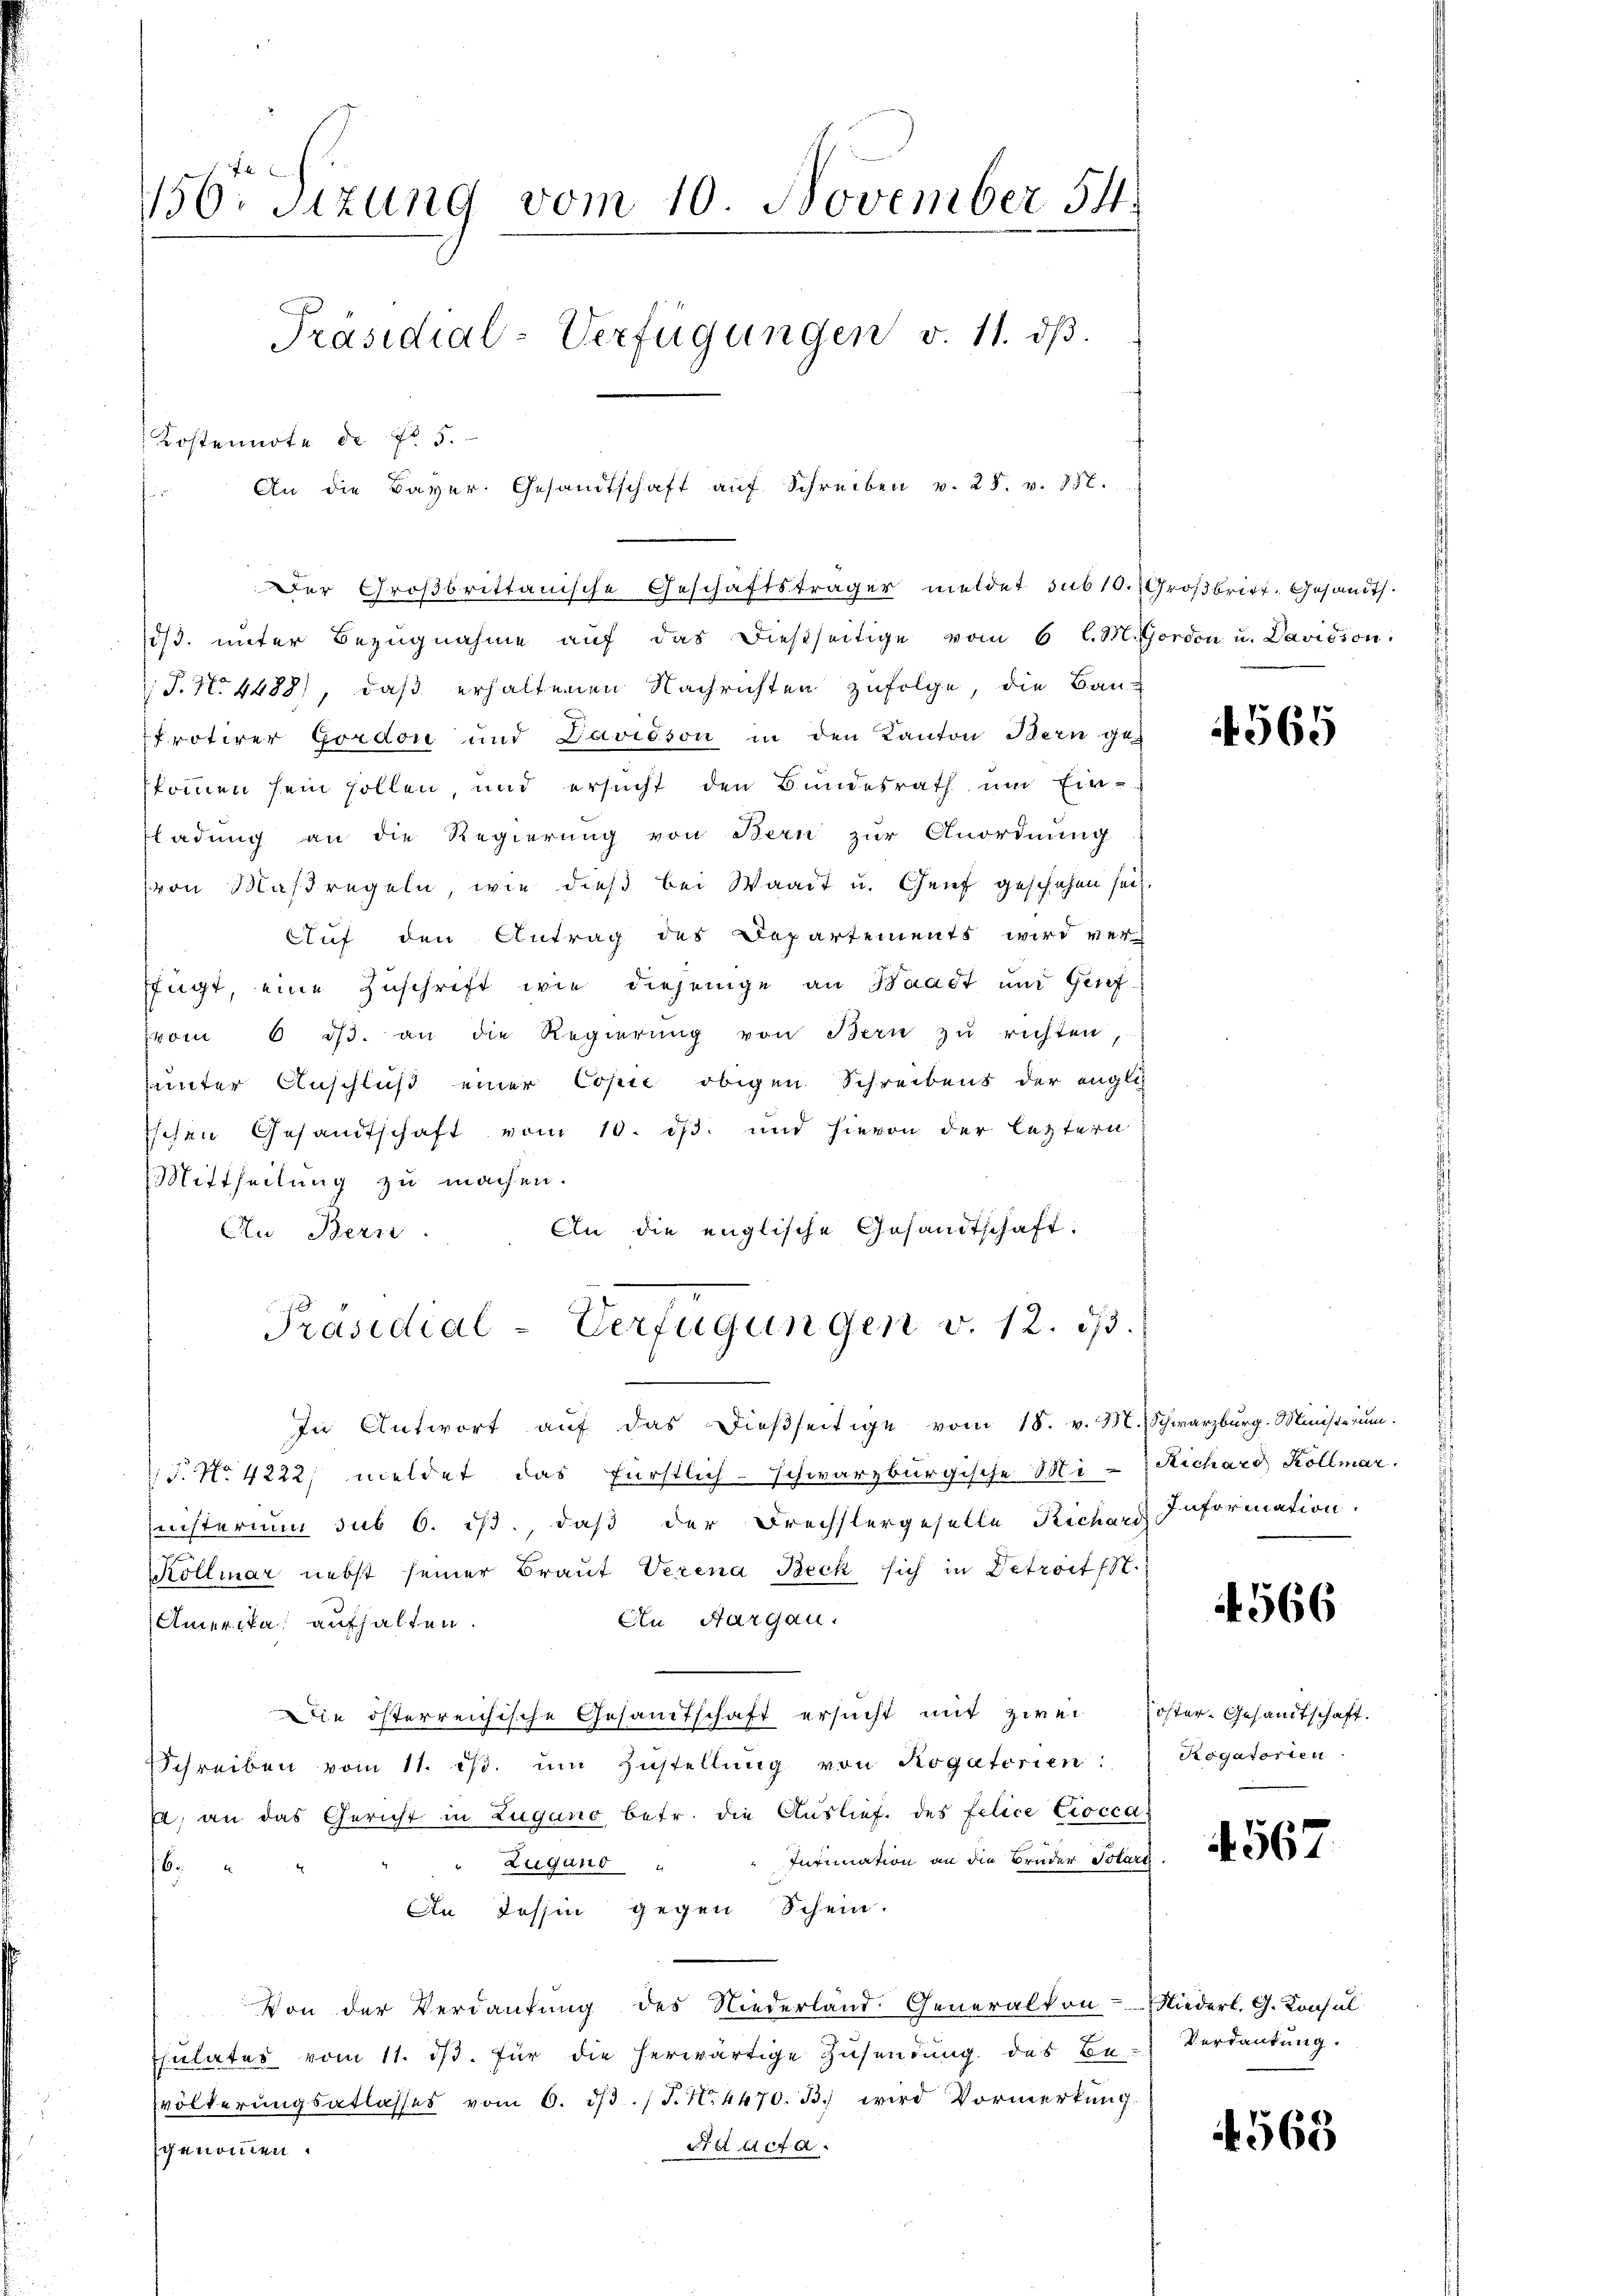
1156. Sizung vom 10. November 54.
Präsidial-Verfügungen v. 11. dβ.
Kostennote de fl. 5.
An die Bayer. Gesandtschaft aŭf Schreiben v. 25. v. 857.

1/3. unter Bezŭgnahme aŭf das dießseitige vom 6 l. M. ordon u. Davision
T. No 1488), daß erhaltenen Nachrichten zufolge, die Bau-
frotirer Gordon und Davidson in den Kanton Bern gekommen sein sollen, und ersucht den Bundesrath um Ein-
ladung an die Regierung von Bern zur Anordnung
von Maßregeln, wie dieß bei Waadt u. Genf geschehen sei.
Auf den Antrag des Departements wird verfügt, eine Zuschrift wie diejenige an Waadt und Grifvom 6. dβ. an die Regierŭng von Bern zu richten
unter Anschluß einer Copie obigen Schreibens der englich
Eschen Gesandtschaft vom 10. ds. und hievon der letztern
Mittheilung zu machen.
An die englische Gesandtschaft.
An Bern.
In Antwort aŭf das dieβseitige vom 18. v. M. Schwarzburg. Ministerŭm
F. No 4222, meldet das fürstlich-schwarzburgische Mi-Richard Kollmar.
nisterium sub 6. ist, daß der Brechstergeselle Richard
Kölliar nebst seiner Braut Verena Beck sich in Detroits.
An Aargau.
Amerika aufhalten.
Die österreichische Gesandtschaft ersucht mit zwei
Schreiben vom 11. ist. um Zustellung von Rogatorien:
/, an das Gericht in Zugano betr. die Auslief des felice Coccas
Intimation an die Bruder Totari
Zugano
6.
An Tessin gegen Schein.
Von der Verdankung des Niederland: Generalkon-
Thŭlates vom 11. dβ. für die herwärtige Zŭsendŭng des Be
völkerungsatlasses vom 6. dβ. / J. N. 4470. B. wird Vormerkung.
Saacta.
genommen.

Der Großbrittanische Geschäftsträger meldet sub 10. Großbritt. Gesandt.

Präsidial-Verfügungen v. 12. dβ.

4565

Information.

566

öster-Gesandtschaft.
Rogatorien

4567

Niederl. G. Konsul
Verdankung.

565